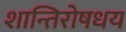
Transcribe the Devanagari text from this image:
शान्तिरोषधय